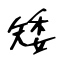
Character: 矮